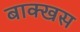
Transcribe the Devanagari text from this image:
बाक्खस